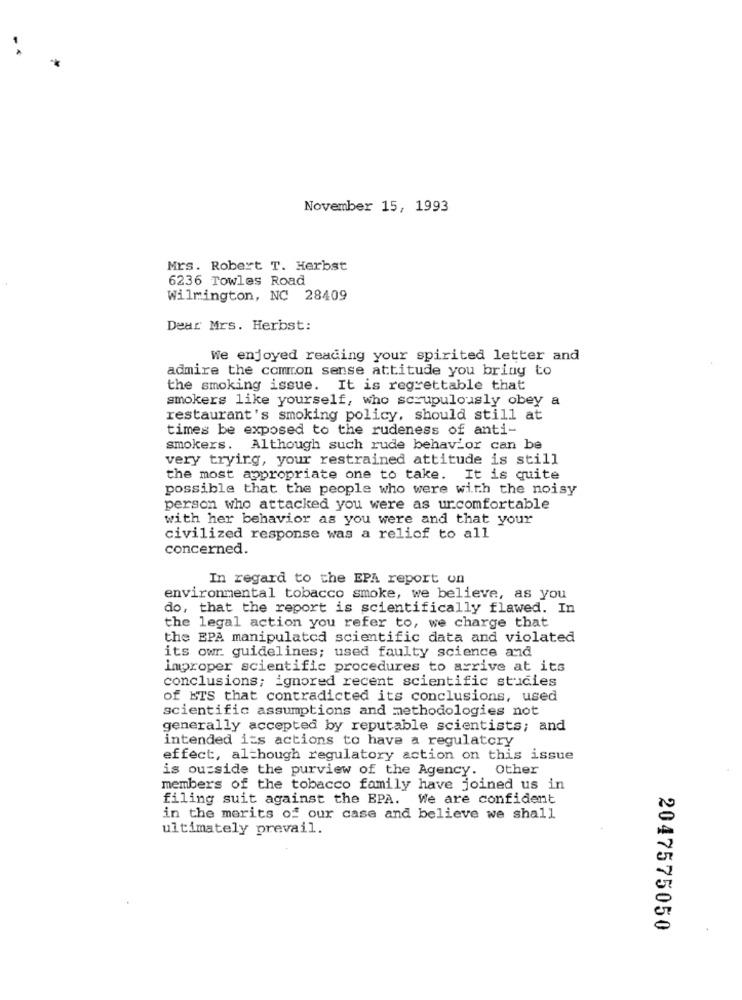
November 15, 1993
Mrs. Robert T. Herbst
6236 Towles Road
Wilmington, NC 28409
Dear Mrs. Herbst:
We enjoyed reading your spirited letter and
admire the common sense attitude you bring to
the smoking issue. It is regrettable that
smokers like yourself, who scrupulously obey a
restaurant's smoking policy, should still at
times be exposed to the rudeness of anti-
smokers. Although such rude behavior can be
very trying, your restrained attitude is still
the most appropriate one to take. It is quite
possible that the people who were with the noisy
person who attacked you were as urcomfortable
with her behavior as you were and that your
civilized response was a relief to all
concerned.
In regard to the EPA report on
environmental tobacco smoke, we believe, as you
do, that the report is scientifically flawed. In
the legal action you refer to, we charge that
the EPA manipulated scientific data and violated
its owr guidelines; used faulty science and
inproper scientific procedures to arrive at its
conclusions; ignored recent scientific studies
of ETS that contradicted its conclusions, used
scientific assumptions and methodologies not
generally accepted by reputable scientists; and
intended its actions to have a regulatory
effect, although regulatory action on this issue
is outside the purview of the Agency. Other
members of the tobacco family have joined us in
filing suit against the EPA. We are confident
in the merits of our case and believe we shall
ultimately prevail.
2047575050